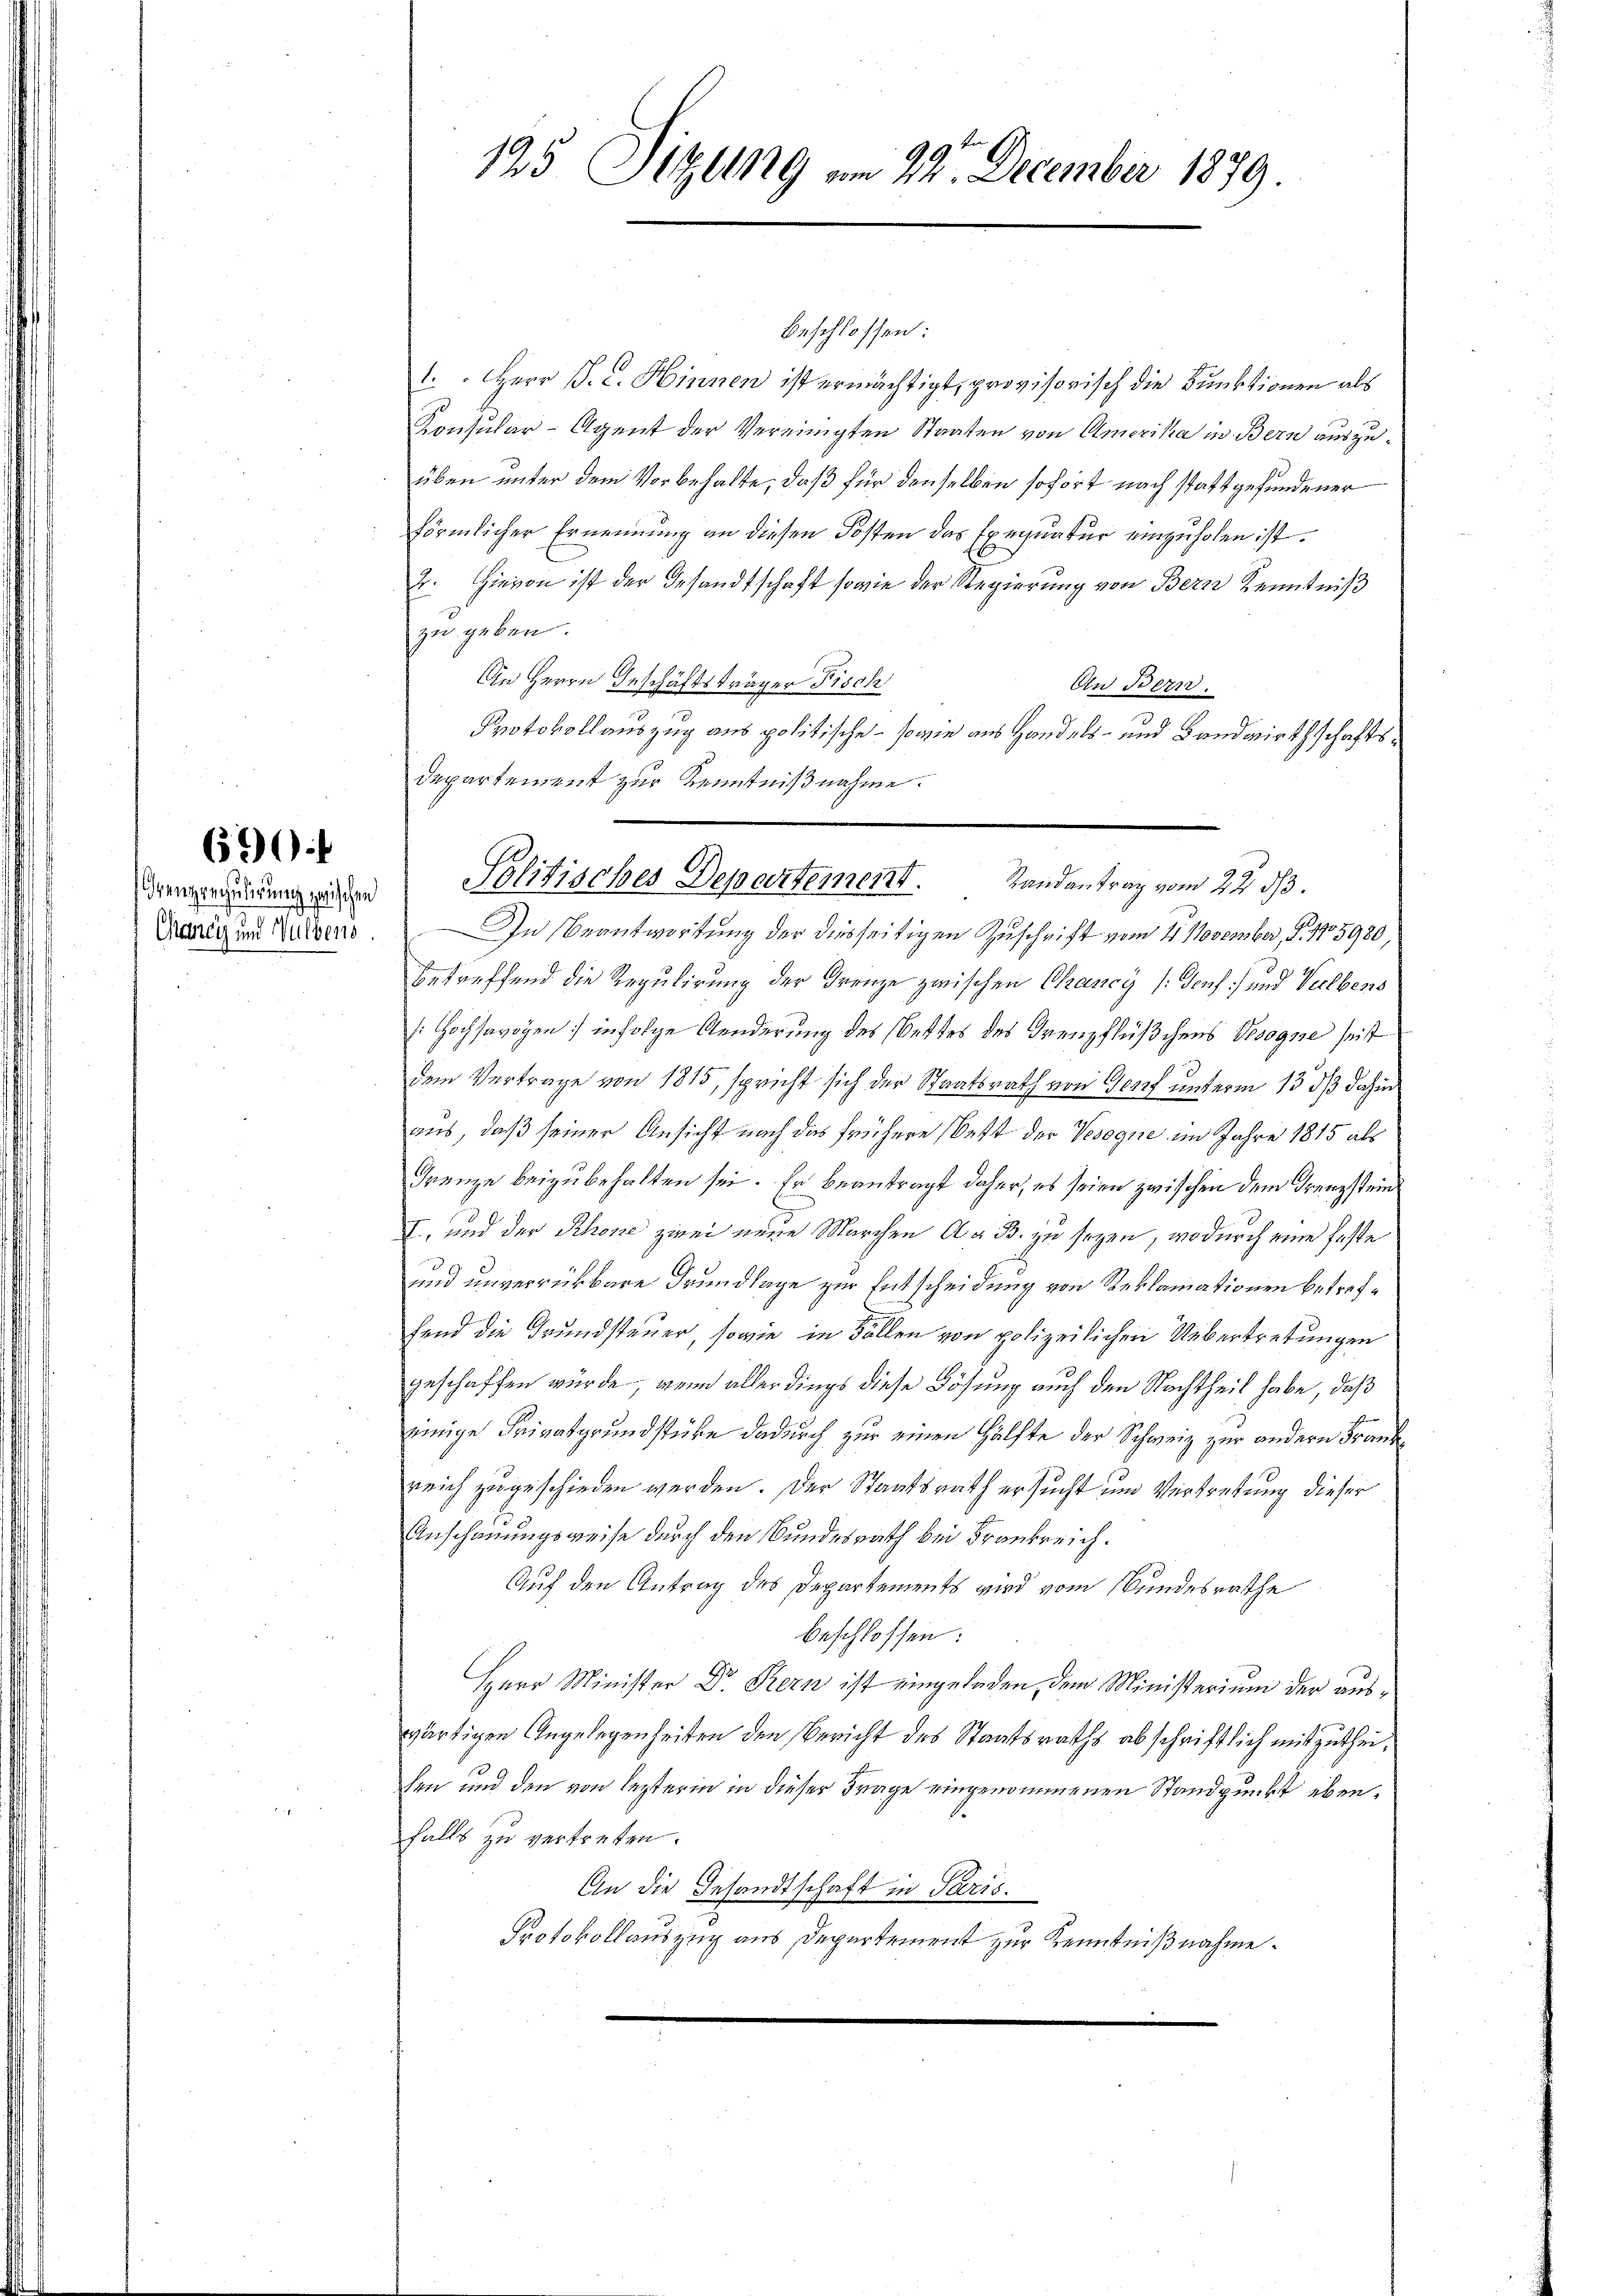
Grenzengulirung zwischen
Caney und Hultens

690.

beschlossen:
1. Herr P. C. Hinnen ist ermächtigt, provisorisch die Funktionen als
Konsular-Agent der Vereinigten Staaten von Amerika in Bern auszuüben unter dem Vorbehalte, daß für denselben sofort nach stattgefundener
förmlicher Ernennung an diesen Kosten das Exequatur einzuholen ist.
E. Hievon ist der Gesandtschaft sowie der Regierung von Bern Kenntniß
zu geben.
An Herrn Geschäftsträger Fisch
An Bern.
Protokollauszug aus politische - sowie aus Handels- und Landwirthschafts¬
Departement zur Kenntnißnahme.
In Beantwortung der diesseitigen Zuschrift vom 4. November, S. 15980,
betreffend die Regulirung der Frenze zwischen Chancy (Genf und Seelbens
Hochsavogen infolge Aenderung des Bettes des Kreuzflüßchens Vesogne seit
dem Vertrage von 1815, spricht sich der Staatsrath von Genf unterm 13. dß dahin
aus, daß seiner Ansicht nach das frühere Bett der Vesegne im Jahre 1815 als
Frenze beizubehalten sei. Er beantragt daher, es seien zwischen dem Grenzstein
I. und der Rhone zwei neue Marchen A. B. zu seyen, wodurch eine feste
und unverrückbare Grundlage zur Entscheidung von Reklamationen betrefhend die Grundsteuer, sowie in Fällen von polizeilichen Uebertretungen
geschaffen würde, wenn allerdings diese Lösung auch den Nachtheil habe, daß
einige Frivatgrundstücke dadurch zur einen Hälfte der Schweiz zur andern Frankreich zugeschieden werden. Der Staatsrath ersucht um Vertretung dieser
Anschauungsweise durch den Bundesrath bei Frankreich.
Auf den Antrag des Departements wird vom Bundesrathe
beschlossen:
Herr Minister Dr. Kern ist eingeladen, dem Ministerium der auswärtigen Angelegenheiten den Bericht des Staatsraths abschriftlich mitzutheihen und den von lezterin in dieser Frage eingenommenen Standpunkt ebenfalls zu vertreten.
An die Gesandtschaft in Paris.
Protokollauszug aus Departement zur Kenntnißnahme.

125 Sitzung am 22. December 1879.

Politisches Departement. Landantrag vom 22. ds.